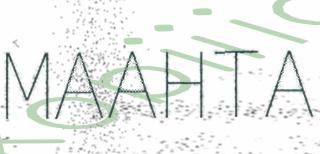
MAAHTA